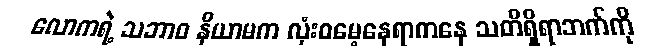
လောကရဲ့ သဘာဝ နိယာမက လုံးဝမေ့နေရာကနေ သတိရှိရာဘက်ကို